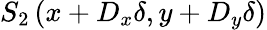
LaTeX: S_{2}\left(x+D_{x}\delta,y+D_{y}\delta\right)